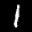
Label: 1